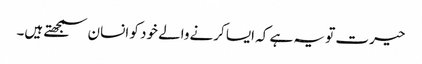
حیرت تو یہ ہے کہ ایسا کرنےوالے خود کو انسان سمجھتے ہیں۔